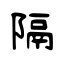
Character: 隔